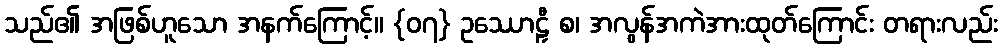
သည်၏ အဖြစ်ဟူသော အနက်ကြောင့်။ {၀၇} ဥဿောဠှီ စ၊ အလွန်အကဲအားထုတ်ကြောင်း တရားလည်း